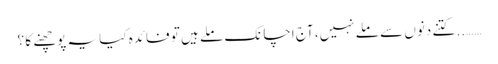
…….. کتنے دنوں سے ملے نہیں، آج اچانک ملے ہیں تو فائدہ کیا یہ پوچھنے کا ؟